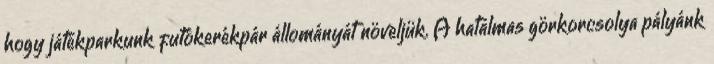
hogy játékparkunk futókerékpár állományát növeljük. A hatalmas görkorcsolya pályánk